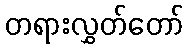
တရားလွှတ်တော်